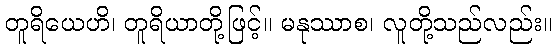
တူရိယေဟိ၊ တူရိယာတို့ဖြင့်။ မနုဿာစ၊ လူတို့သည်လည်း။